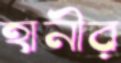
হানীর